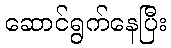
ဆောင်ရွက်နေပြီး